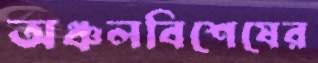
অঞ্চলবিশেষের